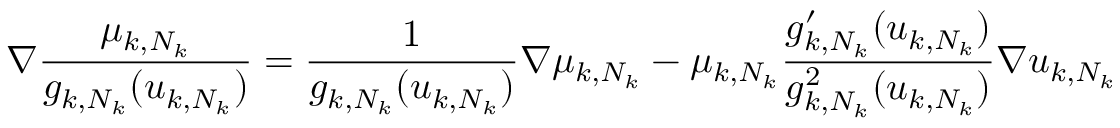
\nabla \frac { \mu _ { k , N _ { k } } } { g _ { k , N _ { k } } ( u _ { k , N _ { k } } ) } = \frac { 1 } { g _ { k , N _ { k } } ( u _ { k , N _ { k } } ) } \nabla \mu _ { k , N _ { k } } - \mu _ { k , N _ { k } } \frac { g _ { k , N _ { k } } ^ { \prime } ( u _ { k , N _ { k } } ) } { g _ { k , N _ { k } } ^ { 2 } ( u _ { k , N _ { k } } ) } \nabla u _ { k , N _ { k } }